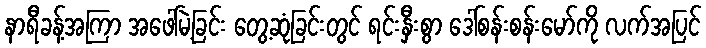
နာရီခန့်အကြာ အဖေါ်မဲ့ခြင်း တွေ့ဆုံခြင်းတွင် ရင်းနှီးစွာ ဒေါ်စန်းစန်းမော်ကို လက်အပြင်